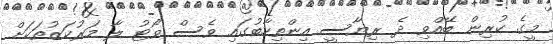
މީގެ ކުރިން ބޭއްވި ދެ ރިޔާސީ އިންތިހާބުގައި ވެސް ވޯޓު ލާ މަރުކަޒުތަކަށް